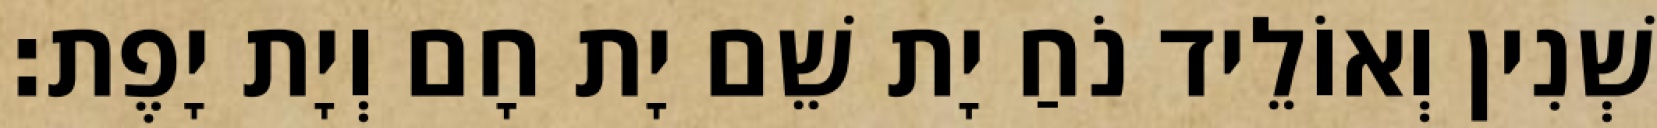
שְׁנִין וְאוֹלֵיד נֹחַ יָת שֵׁם יָת חָם וְיָת יָפֶת׃